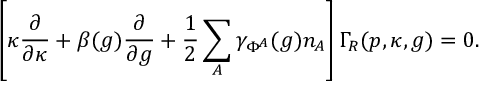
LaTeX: \left[ \kappa \frac { \partial } { \partial \kappa } + \beta ( g ) \frac { \partial } { \partial g } + \frac { 1 } { 2 } \sum _ { A } \gamma _ { \Phi ^ { A } } ( g ) n _ { A } \right] \Gamma _ { R } ( p , \kappa , g ) = 0 .